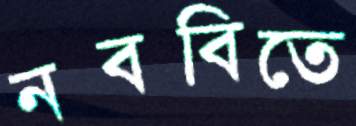
নববিতে